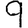
Digit: 9